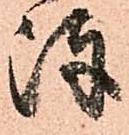
陣